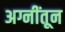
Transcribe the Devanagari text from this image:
अग्नींतून